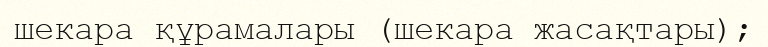
шекара құрамалары (шекара жасақтары);